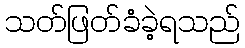
သတ်ဖြတ်ခံခဲ့ရသည်